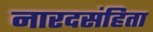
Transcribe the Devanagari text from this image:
नारदसंहिता